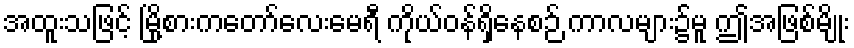
အထူးသဖြင့် မြို့စားကတော်လေးမေရီ ကိုယ်ဝန်ရှိနေစဉ် ကာလများ၌မူ ဤအဖြစ်မျိုး